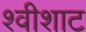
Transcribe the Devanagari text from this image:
श्वीशाट